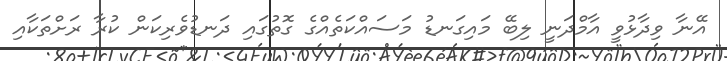
އޭނާ ވިދާޅުވީ އާމްދަނީ ލިބޭ މައިގަނޑު މަސައްކަތެއްގެ ގޮތުގައި ދަނޑުވެރިކަން ކުރާ ރަށްތަކާއި